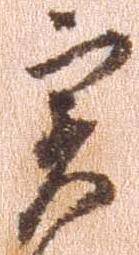
実